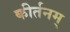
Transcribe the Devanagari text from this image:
कीर्तनम्